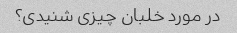
در مورد خلبان چیزی شنیدی؟